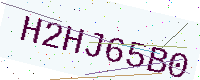
Text: H2HJ65B0